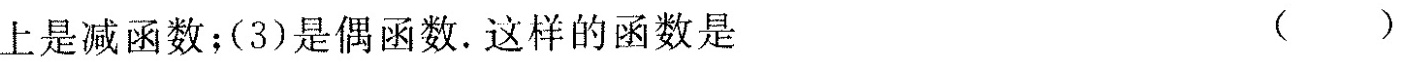
上是减函数；(3)是偶函数。这样的函数是 ( )